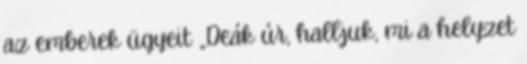
az emberek ügyeit „Deák úr, halljuk, mi a helyzet